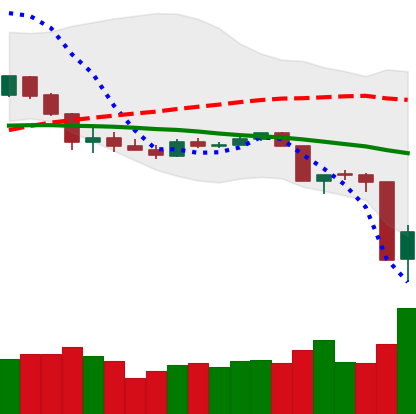
Ticker: XLM-USD
Chart end date: 2020-03-13
Forward return: -8.985%
Label: down_7plus